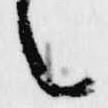
之